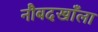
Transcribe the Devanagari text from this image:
नौबदखाँला